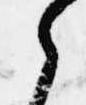
之